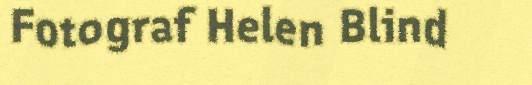
Fotograf Helen Blind